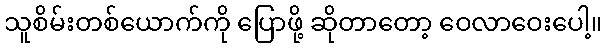
သူစိမ်းတစ်ယောက်ကို ပြောဖို့ ဆိုတာတော့ ဝေလာဝေးပေါ့။